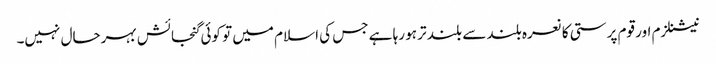
نیشنلزم اور قوم پرستی کا نعرہ بلند سے بلند تر ہو رہا ہے جس کی اسلام میں تو کوئی گنجائش بہرحال نہیں۔